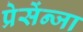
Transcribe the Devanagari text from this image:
प्रेसेंन्जा